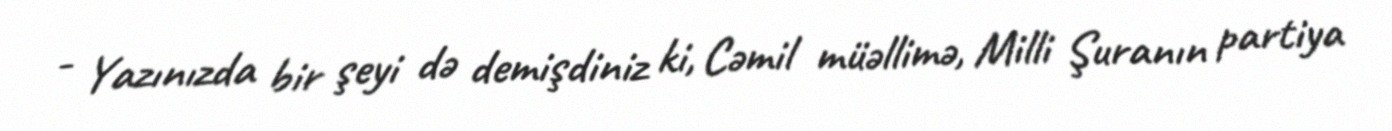
- Yazınızda bir şeyi də demişdiniz ki, Cəmil müəllimə, Milli Şuranın partiya